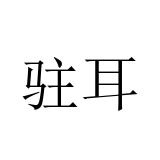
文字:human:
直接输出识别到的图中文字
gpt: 驻耳